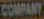
COMPANY